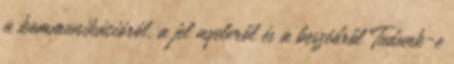
a kommunikációról, a jel nyelvről és a beszédről Tudunk-e